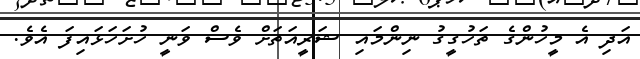
އަދި އެ މީހުންގެ ތަހުގީގު ނިންމައި ޝަރީއަތަށް ވެސް ވަނީ ހުށަހަޅައިފަ އެވެ.